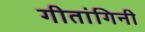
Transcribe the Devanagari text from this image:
गीतांगिनी